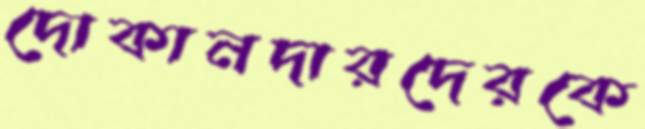
দোকানদারদেরকে